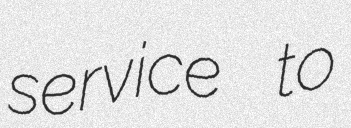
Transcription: service to